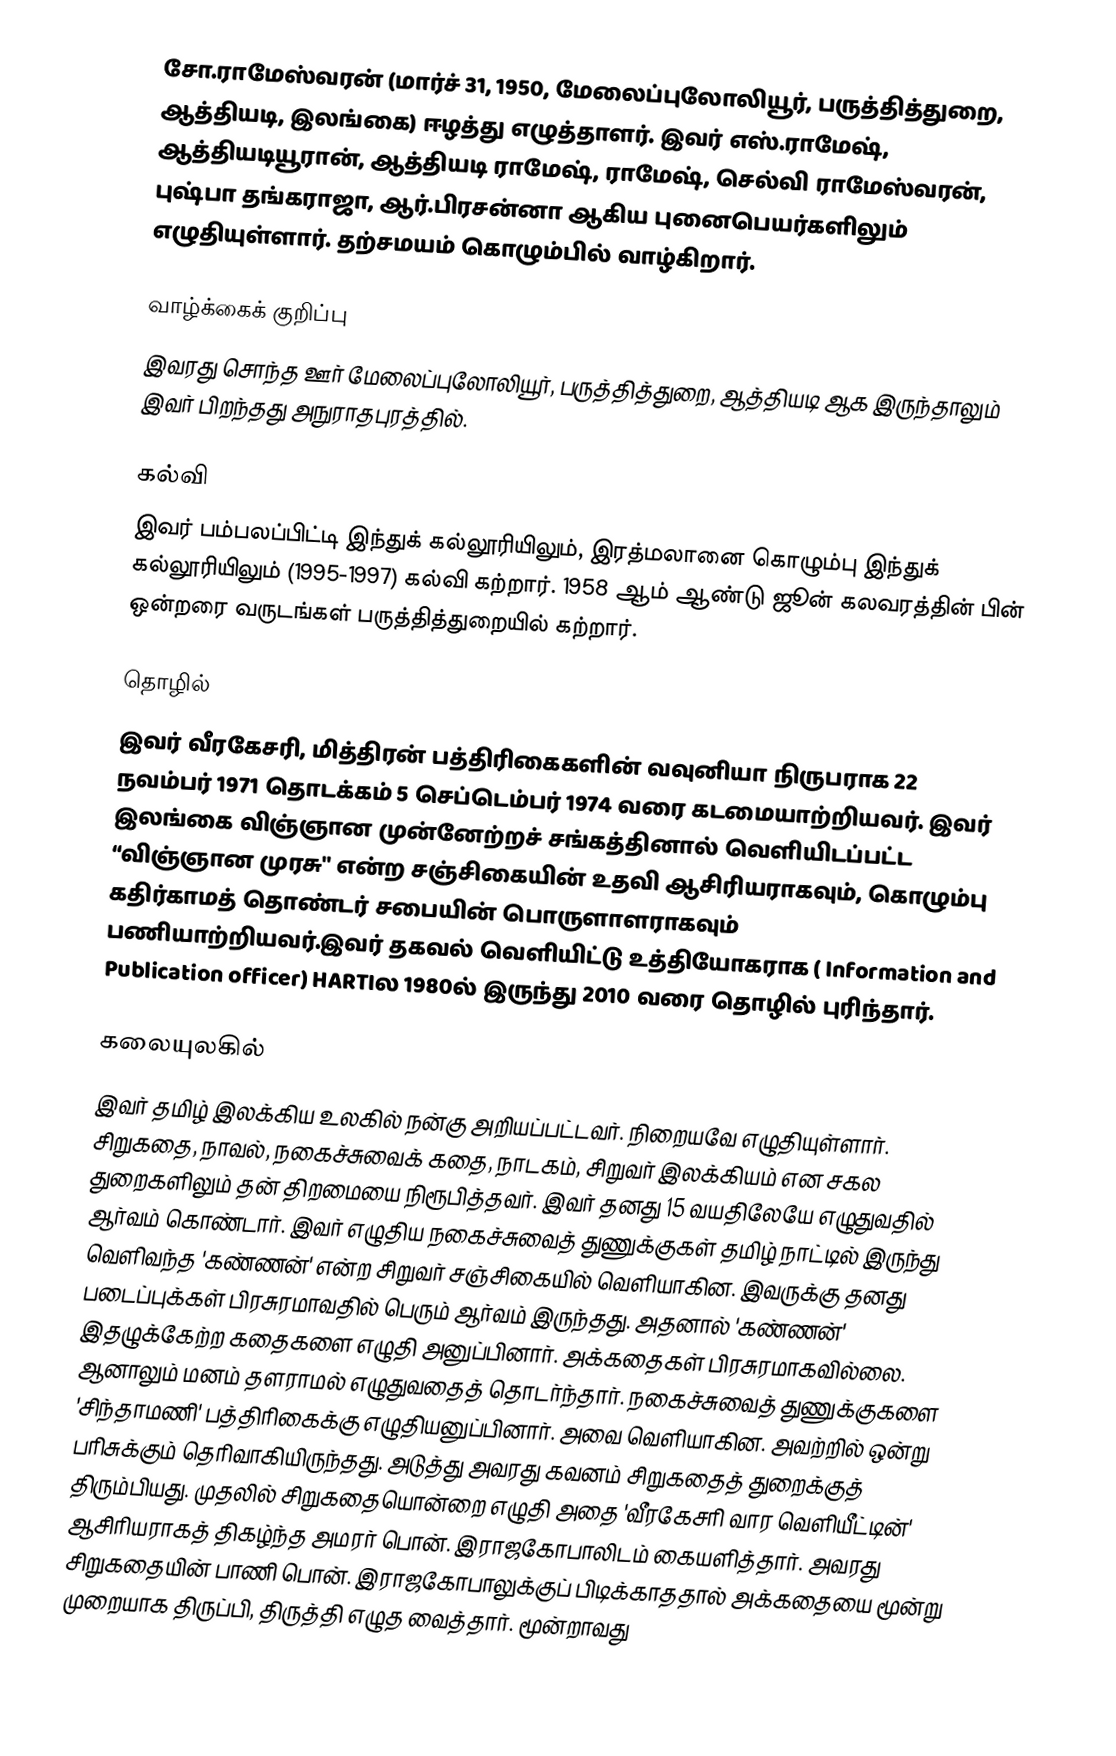
சோ.ராமேஸ்வரன் (மார்ச் 31, 1950, மேலைப்புலோலியூர், பருத்தித்துறை, ஆத்தியடி, இலங்கை) ஈழத்து எழுத்தாளர். இவர் எஸ்.ராமேஷ், ஆத்தியடியூரான், ஆத்தியடி ராமேஷ், ராமேஷ், செல்வி ராமேஸ்வரன், புஷ்பா தங்கராஜா, ஆர்.பிரசன்னா ஆகிய புனைபெயர்களிலும் எழுதியுள்ளார். தற்சமயம் கொழும்பில் வாழ்கிறார்.

வாழ்க்கைக் குறிப்பு
இவரது சொந்த ஊர் மேலைப்புலோலியூர், பருத்தித்துறை, ஆத்தியடி ஆக இருந்தாலும் இவர் பிறந்தது அநுராதபுரத்தில்.

கல்வி
இவர் பம்பலப்பிட்டி இந்துக் கல்லூரியிலும், இரத்மலானை கொழும்பு இந்துக் கல்லூரியிலும் (1995-1997) கல்வி கற்றார். 1958 ஆம் ஆண்டு ஜூன் கலவரத்தின் பின் ஒன்றரை வருடங்கள் பருத்தித்துறையில் கற்றார்.

தொழில்
இவர் வீரகேசரி, மித்திரன் பத்திரிகைகளின் வவுனியா நிருபராக 22 நவம்பர் 1971 தொடக்கம் 5 செப்டெம்பர் 1974 வரை கடமையாற்றியவர். இவர்  இலங்கை விஞ்ஞான முன்னேற்றச் சங்கத்தினால் வெளியிடப்பட்ட “விஞ்ஞான முரசு" என்ற சஞ்சிகையின் உதவி ஆசிரியராகவும், கொழும்பு கதிர்காமத் தொண்டர் சபையின் பொருளாளராகவும் பணியாற்றியவர்.இவர் தகவல் வெளியிட்டு உத்தியோகராக ( Information and Publication officer) HARTIல 1980ல் இருந்து 2010 வரை தொழில் புரிந்தார்.

கலையுலகில்
இவர் தமிழ் இலக்கிய உலகில் நன்கு அறியப்பட்டவர். நிறையவே எழுதியுள்ளார். சிறுகதை, நாவல், நகைச்சுவைக் கதை, நாடகம், சிறுவர் இலக்கியம் என சகல துறைகளிலும் தன் திறமையை நிரூபித்தவர். இவர் தனது 15 வயதிலேயே எழுதுவதில் ஆர்வம் கொண்டார். இவர் எழுதிய நகைச்சுவைத் துணுக்குகள் தமிழ் நாட்டில் இருந்து வெளிவந்த 'கண்ணன்' என்ற சிறுவர் சஞ்சிகையில் வெளியாகின. இவருக்கு தனது படைப்புக்கள் பிரசுரமாவதில் பெரும் ஆர்வம் இருந்தது. அதனால் 'கண்ணன்' இதழுக்கேற்ற கதைகளை எழுதி அனுப்பினார். அக்கதைகள் பிரசுரமாகவில்லை. ஆனாலும் மனம் தளராமல் எழுதுவதைத் தொடர்ந்தார். நகைச்சுவைத் துணுக்குகளை 'சிந்தாமணி' பத்திரிகைக்கு எழுதியனுப்பினார். அவை வெளியாகின. அவற்றில் ஒன்று பரிசுக்கும் தெரிவாகியிருந்தது. அடுத்து அவரது கவனம் சிறுகதைத் துறைக்குத் திரும்பியது. முதலில் சிறுகதையொன்றை எழுதி அதை 'வீரகேசரி வார வெளியீட்டின்' ஆசிரியராகத் திகழ்ந்த அமரர் பொன். இராஜகோபாலிடம் கையளித்தார். அவரது சிறுகதையின் பாணி பொன். இராஜகோபாலுக்குப் பிடிக்காததால் அக்கதையை மூன்று முறையாக திருப்பி, திருத்தி எழுத வைத்தார். மூன்றாவது